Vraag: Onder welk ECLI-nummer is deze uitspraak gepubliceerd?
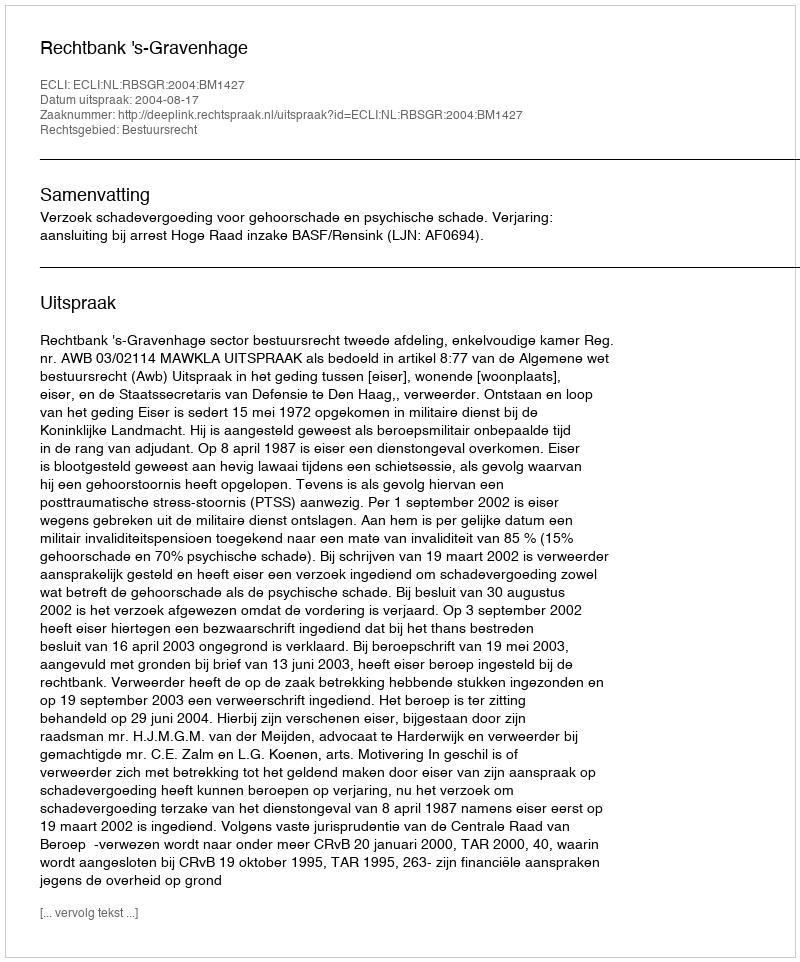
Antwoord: ECLI:NL:RBSGR:2004:BM1427